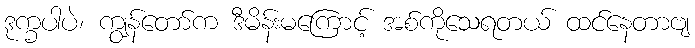
ဒုက္ခပါပဲ၊ ကျွန်တော်က ဒီမိန်းမကြောင့် အစ်ကိုသေရတယ် ထင်နေတာဗျ